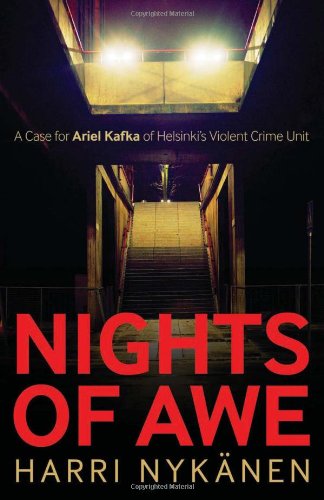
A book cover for Nights of Awe (An Ariel Kafka Mystery); Harri Nykanen; Travel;